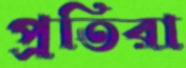
প্রতিরা